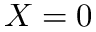
X = 0